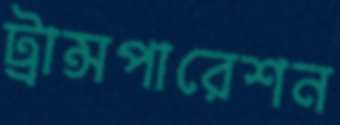
ট্রান্সপারেশন